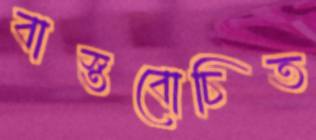
বাস্তবোচিত